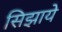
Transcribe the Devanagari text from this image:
सिझाये